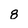
Character: 8